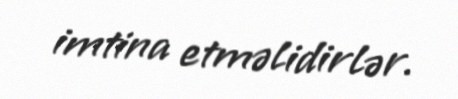
imtina etməlidirlər.